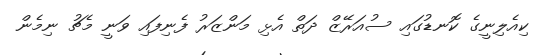
ކިއެލިނީގެ ކޮނޑުގައި ސުއަރޭޒް ދަތް އެޅި މަންޒަރު ފެނިފައި ވަނީ މެޗު ނިމެން